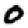
Digit: 0